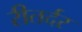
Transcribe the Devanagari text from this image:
रीतर्दर